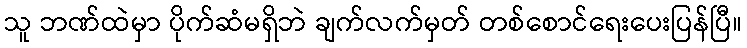
သူ ဘဏ်ထဲမှာ ပိုက်ဆံမရှိဘဲ ချက်လက်မှတ် တစ်စောင်ရေးပေးပြန်ပြီ။